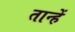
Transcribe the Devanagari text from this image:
तान्हें